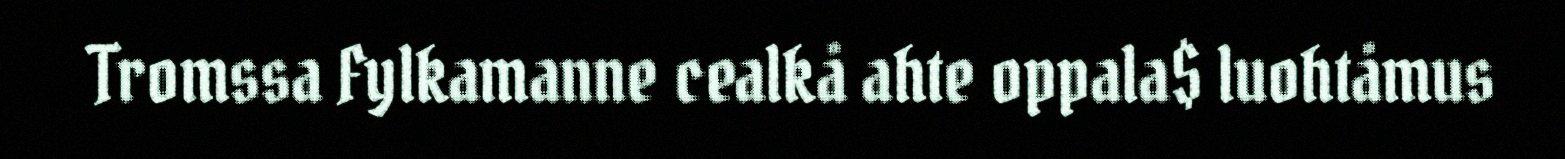
Tromssa Fylkamanne cealkå ahte oppala$ luohtåmus